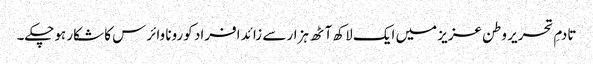
تادمِ تحریر وطن عزیز میں ایک لاکھ آٹھ ہزار سے زائد افراد کورونا وائرس کا شکار ہوچکے۔